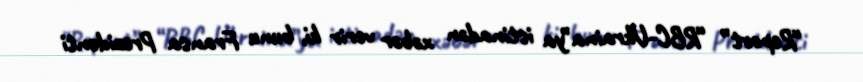
“Report” “RBC-Ukraina”ya istinadən xəbər verir ki, bunu Fransa Prezidenti